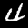
Label: 4